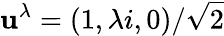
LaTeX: \mathbf{u}^{\lambda}=(1,\lambda i,0)/\sqrt{2}